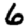
Digit: 6